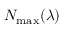
N _ { \mathrm { m a x } } ( \lambda )